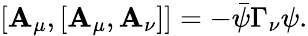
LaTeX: [\mathbf{A}_{\mu},[\mathbf{A}_{\mu},\mathbf{A}_{\nu}]]=-\bar{{\psi}}\Gamma_{\nu}\psi.